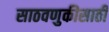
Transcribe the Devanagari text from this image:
साठवणुकीसाठी